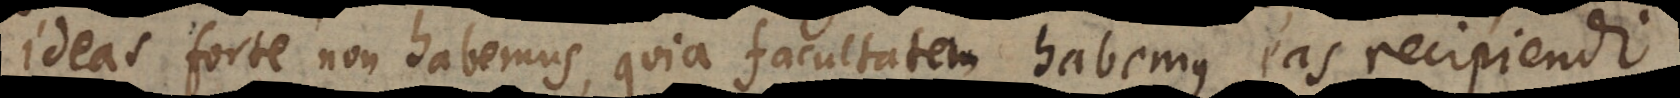
ideas forte non habemus, quia facultatem habemus eas recipiendi.